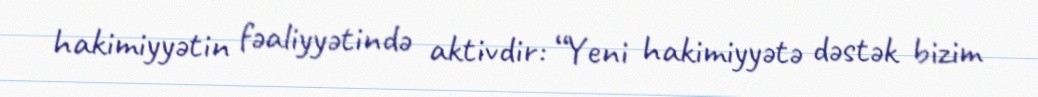
hakimiyyətin fəaliyyətində aktivdir: “Yeni hakimiyyətə dəstək bizim